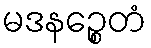
မဒနဉ္စေတံ